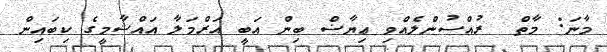
މާނަ: މާތް  ރުއްސުންލެއްވި ޢިޔާޟް ބިން އަބީ އަރްމަލާ އައްޝާމީގެ ކިބައިން